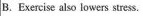
B.Exercise also lowers stress